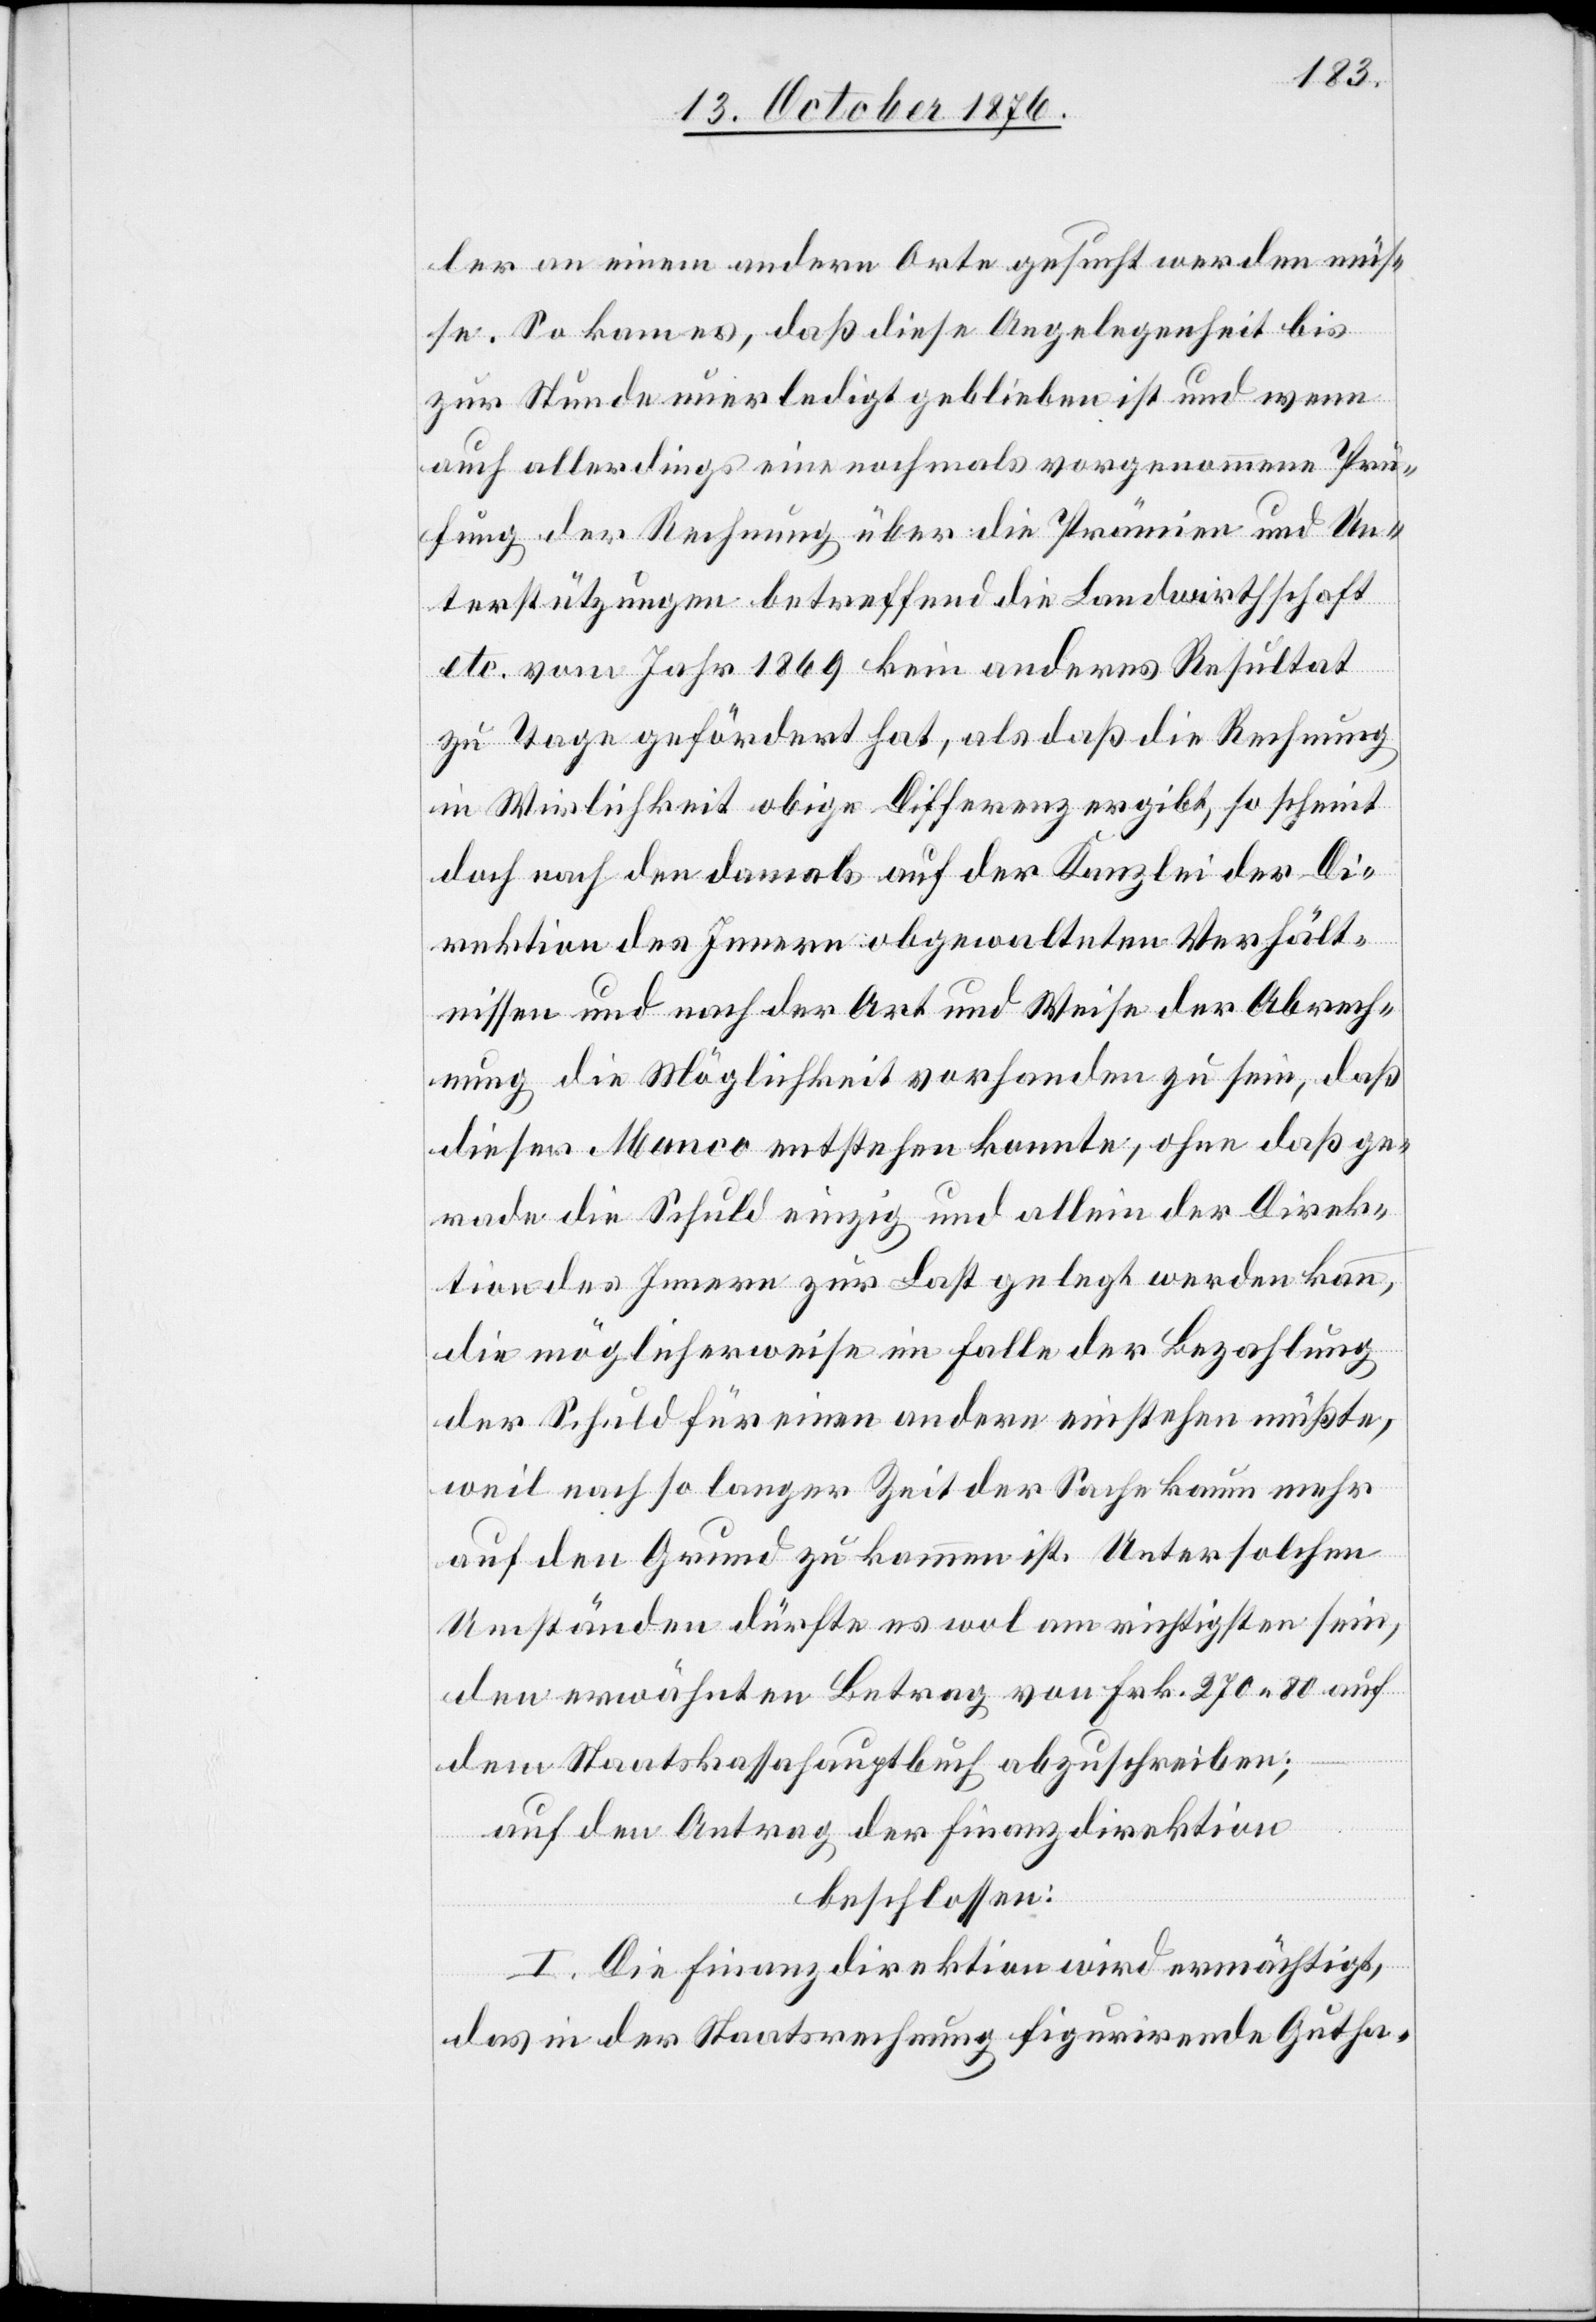
ler an einem andern Orte gesucht werden müs¬
se. So kam es, daß diese Angelegenheit bis
zur Stunde unerledigt geblieben ist und wenn
auch allerdings eine nochmals vorgenommene Prü¬
fung der Rechnung über die Prämien und Un¬
terstützungen betreffend die Landwirthschaft
etc. vom Jahr 1869 kein anderes Resultat
zu Tage gefördert hat, als daß die Rechnung
in Wirklichkeit obige Differenz ergibt, so scheint
doch nach den damals auf der Kanzlei der Di¬
rektion des Innern obgewalteten Verhält¬
nissen und nach der Art und Weise der Abrech¬
nung die Möglichkeit vorhanden zu sein, daß
dieses Manco entstehen konnte, ohne daß ge¬
rade die Schuld einzig und allein der Direk¬
tion des Innern zur Last gelegt werden kann,
die möglicherweise im Falle der Bezahlung
der Schuld für einen andern einstehen müßte,
weil nach so langer Zeit der Sache kaum mehr
auf den Grund zu kommen ist. Unter solchen
Umständen dürfte es wol am richtigsten sein,
den erwähnten Betrag von Frk. 270 80 auf
dem Staatskassahauptbuch abzuschreiben;
auf den Antrag der Finanzdirektion
beschlossen:
I. Die Finanzdirektion wird ermächtigt,
das in der Staatsrechnung figurirende Gutha-